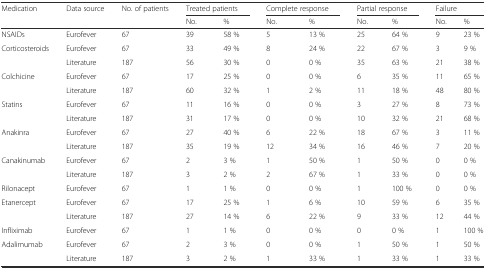
<table><thead><tr><td><b>Medication</b></td><td><b>Data source</b></td><td><b>No. of patients</b></td><td colspan="2"><b>Treated patients</b></td><td colspan="2"><b>Complete response</b></td><td colspan="2"><b>Partial response</b></td><td colspan="2"><b>Failure</b></td></tr><tr><td></td><td></td><td></td><td><b>No.</b></td><td><b>%</b></td><td><b>No.</b></td><td><b>%</b></td><td><b>No.</b></td><td><b>%</b></td><td><b>No.</b></td><td><b>%</b></td></tr></thead><tbody><tr><td>NSAIDs</td><td>Eurofever</td><td>67</td><td>39</td><td>58 %</td><td>5</td><td>13 %</td><td>25</td><td>64 %</td><td>9</td><td>23 %</td></tr><tr><td>Corticosteroids</td><td>Eurofever</td><td>67</td><td>33</td><td>49 %</td><td>8</td><td>24 %</td><td>22</td><td>67 %</td><td>3</td><td>9 %</td></tr><tr><td></td><td>Literature</td><td>187</td><td>56</td><td>30 %</td><td>0</td><td>0 %</td><td>35</td><td>63 %</td><td>21</td><td>38 %</td></tr><tr><td>Colchicine</td><td>Eurofever</td><td>67</td><td>17</td><td>25 %</td><td>0</td><td>0 %</td><td>6</td><td>35 %</td><td>11</td><td>65 %</td></tr><tr><td></td><td>Literature</td><td>187</td><td>60</td><td>32 %</td><td>1</td><td>2 %</td><td>11</td><td>18 %</td><td>48</td><td>80 %</td></tr><tr><td>Statins</td><td>Eurofever</td><td>67</td><td>11</td><td>16 %</td><td>0</td><td>0 %</td><td>3</td><td>27 %</td><td>8</td><td>73 %</td></tr><tr><td></td><td>Literature</td><td>187</td><td>31</td><td>17 %</td><td>0</td><td>0 %</td><td>10</td><td>32 %</td><td>21</td><td>68 %</td></tr><tr><td>Anakinra</td><td>Eurofever</td><td>67</td><td>27</td><td>40 %</td><td>6</td><td>22 %</td><td>18</td><td>67 %</td><td>3</td><td>11 %</td></tr><tr><td></td><td>Literature</td><td>187</td><td>35</td><td>19 %</td><td>12</td><td>34 %</td><td>16</td><td>46 %</td><td>7</td><td>20 %</td></tr><tr><td>Canakinumab</td><td>Eurofever</td><td>67</td><td>2</td><td>3 %</td><td>1</td><td>50 %</td><td>1</td><td>50 %</td><td>0</td><td>0 %</td></tr><tr><td></td><td>Literature</td><td>187</td><td>3</td><td>2 %</td><td>2</td><td>67 %</td><td>1</td><td>33 %</td><td>0</td><td>0 %</td></tr><tr><td>Rilonacept</td><td>Eurofever</td><td>67</td><td>1</td><td>1 %</td><td>0</td><td>0 %</td><td>1</td><td>100 %</td><td>0</td><td>0 %</td></tr><tr><td>Etanercept</td><td>Eurofever</td><td>67</td><td>17</td><td>25 %</td><td>1</td><td>6 %</td><td>10</td><td>59 %</td><td>6</td><td>35 %</td></tr><tr><td></td><td>Literature</td><td>187</td><td>27</td><td>14 %</td><td>6</td><td>22 %</td><td>9</td><td>33 %</td><td>12</td><td>44 %</td></tr><tr><td>Infliximab</td><td>Eurofever</td><td>67</td><td>1</td><td>1 %</td><td>0</td><td>0 %</td><td>0</td><td>0 %</td><td>1</td><td>100 %</td></tr><tr><td>Adalimumab</td><td>Eurofever</td><td>67</td><td>2</td><td>3 %</td><td>0</td><td>0 %</td><td>1</td><td>50 %</td><td>1</td><td>50 %</td></tr><tr><td></td><td>Literature</td><td>187</td><td>3</td><td>2 %</td><td>1</td><td>33 %</td><td>1</td><td>33 %</td><td>1</td><td>33 %</td></tr></tbody></table>